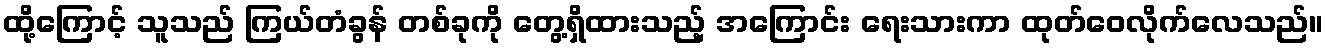
ထို့ကြောင့် သူသည် ကြယ်တံခွန် တစ်ခုကို တွေ့ရှိထားသည့် အကြောင်း ရေးသားကာ ထုတ်ဝေလိုက်လေသည်။